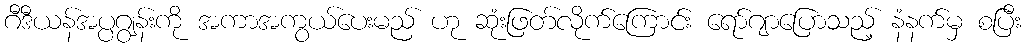
ဂီဒီယန်အပ္ပဂျွန်းကို အကာအကွယ်ပေးမည် ဟု ဆုံးဖြတ်လိုက်ကြောင်း ရော်ဂျာပြောသည့် နံနက်မှ စပြီး